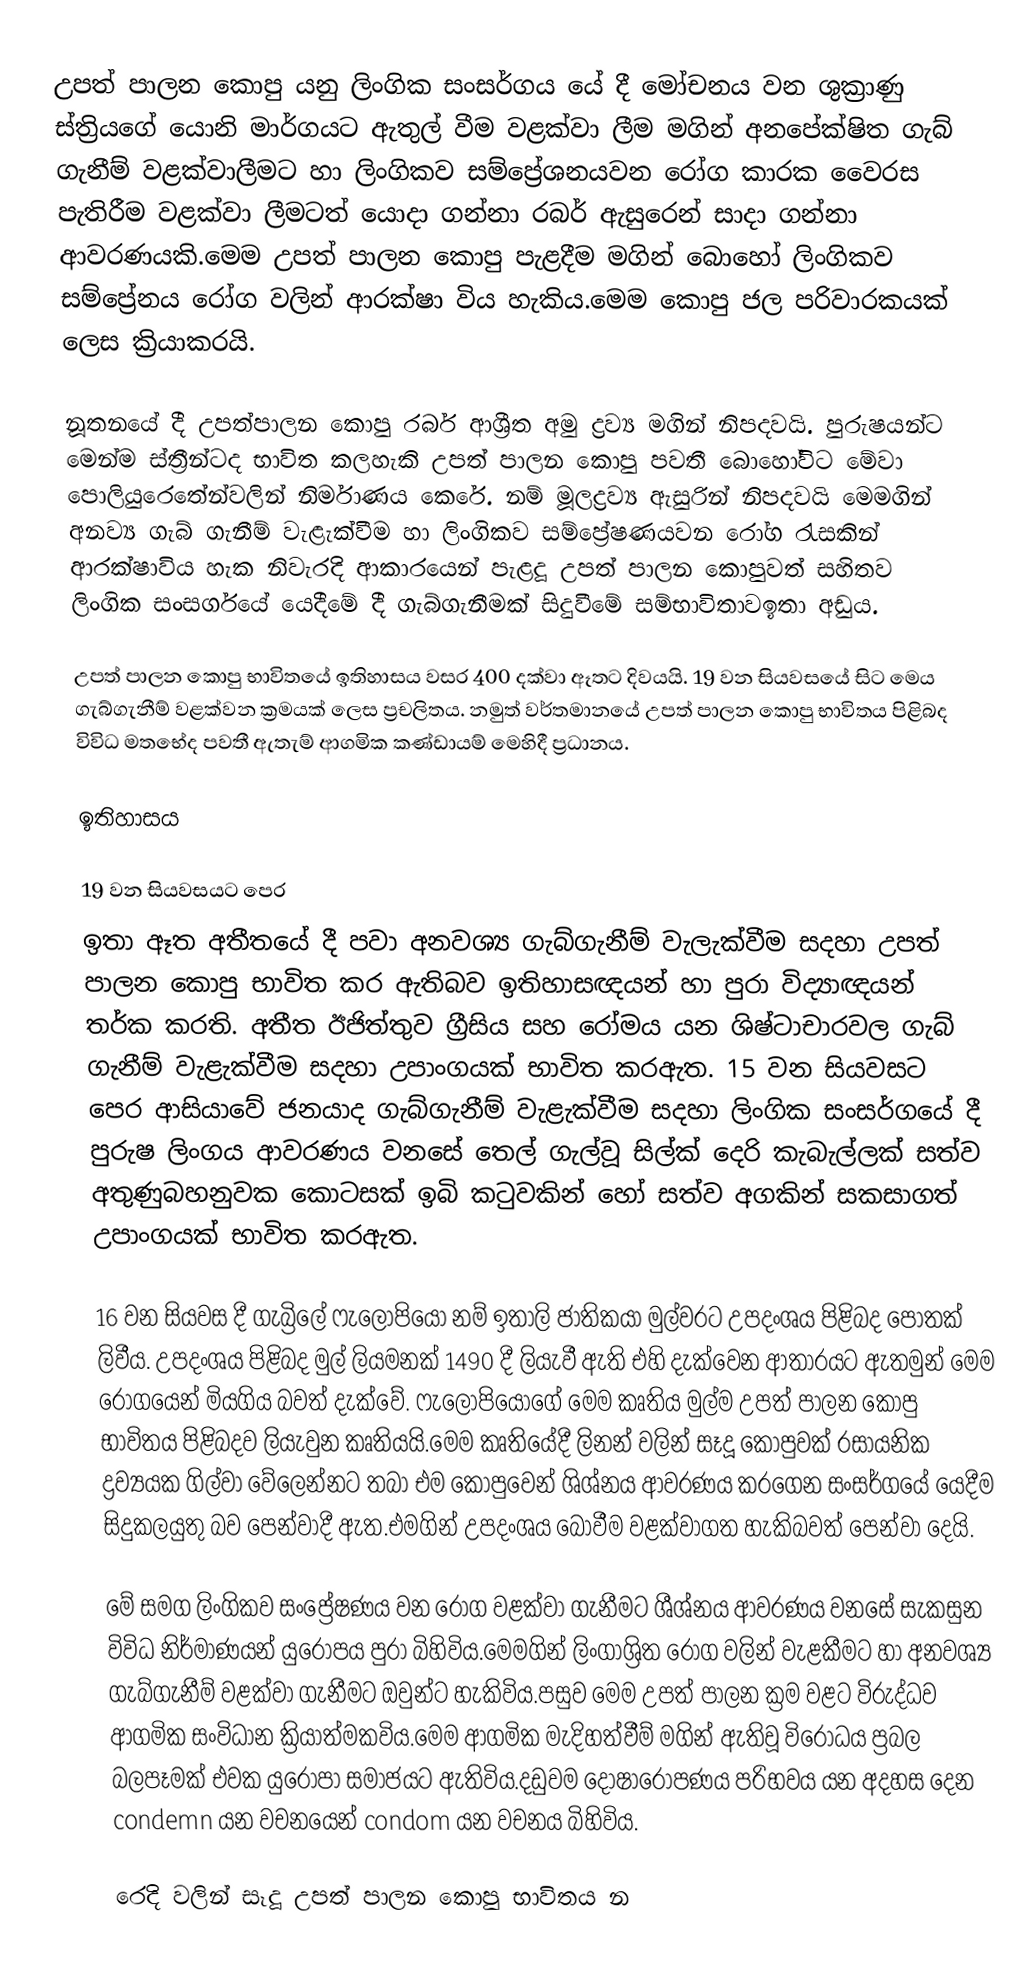
උපත් පාලන කොපු යනු  ලිංගික සංසර්ගය යේ දී මෝචනය වන ශුක්‍රාණු ස්ත්‍රියගේ යොනි මාර්ගයට ඇතුල් වීම වළක්වා ලීම මගින් අනපේක්ෂිත ගැබ් ගැනීම් වළක්වාලීමට හා ලිංගිකව සම්ප්‍රේශනයවන රෝග කාරක වෛරස පැතිරීම වළක්වා ලීමටත් යොදා ගන්නා  රබර් ඇසුරෙන් සාදා ගන්නා ආවරණයකි.මෙම උපත් පාලන කොපු පැළදීම මගින් බොහෝ ලිංගිකව සම්ප්‍රේනය රෝග වලින් ආරක්ෂා විය හැකිය.මෙම කොපු ජල පරිවාරකයක් ලෙස ක්‍රියාකරයි.

නූතනයේ දී උපත්පාලන කොපු රබර් ආශ්‍රීත අමු ද්‍රව්‍ය මගින් නිපදවයි. පුරුෂයන්ට මෙන්ම ස්ත්‍රීන්ටද භාවිත කලහැකි උපත් පාලන කොපු පවතී බොහෝවිට මේවා  පොලියුරෙතේන්වලින් නිර්මාණය කෙරේ. නම් මූලද්‍රව්‍ය ඇසුරින් නිපදවයි මෙමගින් අනව්‍ය ගැබ් ගැනීම් වැළැක්වීම හා ලිංගිකව සම්ප්‍රේෂණයවන රෝග රැසකින් ආරක්ෂාවිය හැක නිවැරදි ආකාරයෙන් පැළදූ උපත් පාලන කොපුවත් සහිතව ලිංගික සංසර්ගයේ යෙදීමේ දී ගැබ්ගැනීමක් සිදුවීමේ සම්භාවිතාවඉතා අඩුය.

උපත් පාලන කොපු භාවිතයේ ඉතිහාසය වසර 400 දක්වා ඈතට දිවයයි.  19 වන සියවසයේ සිට මෙය ගැබ්ගැනීම් වළක්වන ක්‍රමයක් ලෙස ප්‍රචලිතය.  නමුත් වර්තමානයේ උපත් පාලන කොපු භාවිතය පිළිබද විවිධ මතභේද පවතී ඇතැම් ආගමික කණ්ඩායම් මෙහිදී ප්‍රධානය.

ඉතිහාසය

19 වන සියවසයට පෙර
ඉතා ඈත අතීතයේ දී පවා අනවශ්‍ය ගැබ්ගැනීම් වැලැක්වීම සදහා උපත් පාලන කොපු භාවිත කර ඇතිබව ඉතිහාසඥයන් හා පුරා විද්‍යාඥයන් තර්ක කරති. අතීත ඊජිත්තුව ග්‍රීසිය සහ රෝමය යන ශිෂ්ටාචාරවල ගැබ් ගැනීම් වැළැක්වීම සදහා උපාංගයක් භාවිත කරඇත. 15 වන සියවසට පෙර ආසියාවේ ජනයාද ගැබ්ගැනීම් වැළැක්වීම සදහා ලිංගික සංසර්ගයේ දී පුරුෂ ලිංගය ආවරණය වනසේ තෙල් ගැල්වූ සිල්ක් දෙරි කැබැල්ලක් සත්ව අතුණුබහනුවක කොටසක් ඉබි කටුවකින් හෝ සත්ව අගකින් සකසාගත් උපාංගයක් භාවිත කරඇත.

16 වන සියවස දී ගැබ්‍රිලේ ෆැලෝපියෝ නම් ඉතාලි ජාතිකයා මුල්වරට උපදංශය පිළිබද පොතක් ලිවීය.  උපදංශය පිළිබද මුල් ලියමනක් 1490 දී ලියැවී ඇති එහි දැක්වෙන ආතාරයට ඇතමුන් මෙම රෝගයෙන් මියගිය බවත් දැක්වේ.  ෆැලෝපියෝගේ මෙම කෘතිය මුල්ම උපත් පාලන කොපු භාවිතය පිළිබදව ලියැවුන කෘතියයි.මෙම කෘතියේදී ලිනන් වලින් සෑදූ කොපුවක් රසායනික ද්‍රව්‍යයක ගිල්වා වේලෙන්නට තබා එම කොපුවෙන් ශිශ්නය ආවරණය කරගෙන සංසර්ගයේ යෙදීම සිදුකලයුතු බව පෙන්වාදී ඇත.එමගින් උපදංශය බෝවීම වළක්වාගත හැකිබවත් පෙන්වා දෙයි.

මේ සමග ලිංගිකව සංප්‍රේෂණය වන රෝග වළක්වා ගැනීමට ශීශ්නය ආවරණය වනසේ සැකසුන විවිධ නිර්මාණයන් යුරෝපය පුරා බිහිවිය.මෙමගින් ලිංගාශ්‍රිත රෝග වලින් වැළකීමට හා අනවශ්‍ය ගැබ්ගැනීම් වළක්වා ගැනීමට ඔවුන්ට හැකිවිය.පසුව මෙම උපත් පාලන ක්‍රම වළට විරුද්ධව ආගමික සංවිධාන ක්‍රියාත්මකවිය.මෙම ආගමික මැදිහත්වීම් මගින් ඇතිවූ විරෝධය ප්‍රබල බලපෑමක් එවක යුරෝපා සමාජයට ඇතිවිය.දඩුවම දෝෂාරෝපණය පරිභවය යන අදහස දෙන condemn යන වචනයෙන් condom යන වචනය බිහිවිය.

රෙදි වලින් සෑදූ උපත් පාලන කොපු භාවිතය න